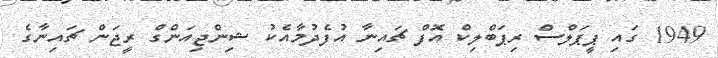
1949 ގައި ޕީޕަލްސް ރިޕަބްލިކް އޮފް ޗައިނާ އުފެދުމާއެކު ޝިންޖިއަންގް ރީޖަން ޗައިނާގެ